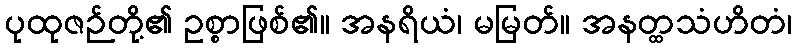
ပုထုဇဉ်တို့၏ ဥစ္စာဖြစ်၏။ အနရိယံ၊ မမြတ်။ အနတ္ထသံဟိတံ၊